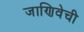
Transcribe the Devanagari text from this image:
जाणिवेची